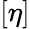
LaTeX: \left[\eta\right]